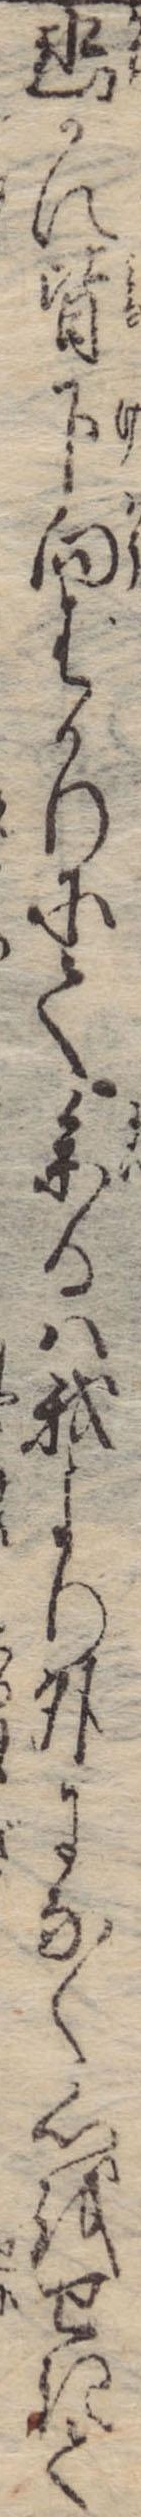
幽かに皆下向ばかりにて参るは我より外になく心をせきて